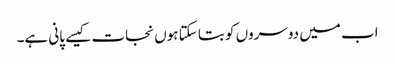
اب میں دوسروں کو بتا سکتا ہوں نجات کیسے پانی ہے۔